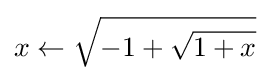
x\gets {\sqrt {-1+{\sqrt {1+x}}}}